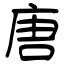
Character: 唐